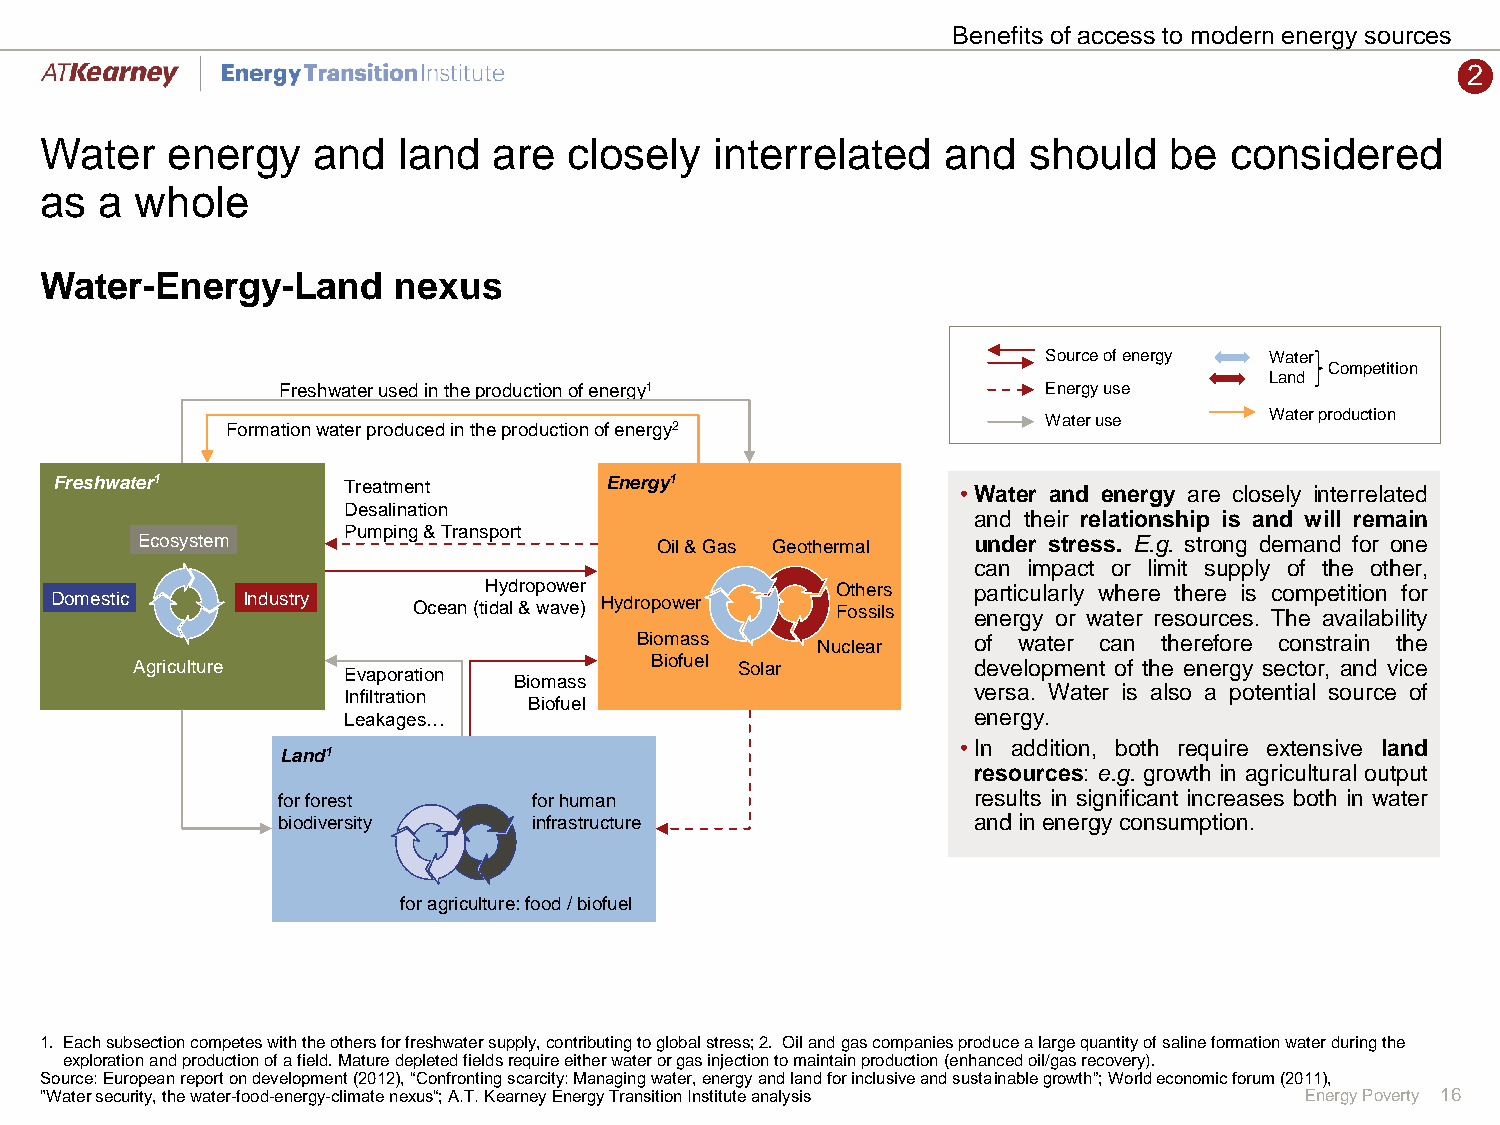
Benefits of access to modern energy sources
 2
 Water   energy    and  land   are  closely  interrelated   and   should   be  considered
 as  a whole
 Water-Energy-Land      nexus
 Source of energy Water
 Competition
 Land
 Freshwater used in the production of energy1       Energy use
 Water use      Water production
 Formation water produced in the production of energy2
 Freshwater1         Treatment        Energy1                 •Water and energy are closely interrelated
 Desalination
 and their relationship is and will remain
 Pumping & Transport
 Ecosystem                         Oil & Gas Geothermal under stress. E.g. strong demand for one
 can impact or limit supply of the other,
 Hydropower             Others   particularly where there is competition for
 Domestic     Industry   Ocean (tidal & wave) Hydropower Fossils energy or water resources. The availability
 Biomass     Nuclear   of water can therefore constrain the
 Agriculture   Evaporation         Biofuel Solar        development of the energy sector, and vice
 Biomass
 Infiltration                             versa. Water is also a potential source of
 Biofuel
 Leakages…                                energy.
 •In addition, both require extensive land
 Land1
 resources: e.g. growth in agricultural output
 for forest       for human                    results in significant increases both in water
 biodiversity     infrastructure               andin energyconsumption.
 for agriculture: food / biofuel
 1. Each subsection competes with the others for freshwater supply, contributing to global stress; 2. Oil and gas companies producea large quantity of saline formation water during the
 exploration and production of a field. Mature depleted fields require either water or gas injection to maintain production (enhanced oil/gas recovery).
 Source: European report on development (2012), “Confronting scarcity: Managing water, energy and land for inclusive and sustainable growth”; World economic forum (2011),
 "Water security, the water-food-energy-climate nexus“; A.T. Kearney Energy Transition Institute analysis Energy Poverty 16